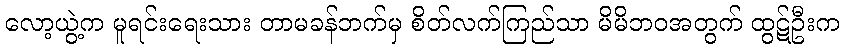
လော့ယွဲ့က မူရင်းရေးသား တာမခန်ဘက်မှ စိတ်လက်ကြည်သာ မိမိဘဝအတွက် ထွဋ်ဦးက